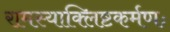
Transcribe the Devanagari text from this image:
रामस्याक्लिष्टकर्मणः